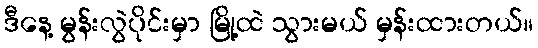
ဒီနေ့ မွန်းလွဲပိုင်းမှာ မြို့ထဲ သွားမယ် မှန်းထားတယ်။